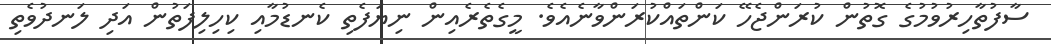
ސާފުތާހިރުވުމުގެ ގޮތުން ކުރަންޖެހޭ ކަންތައްކުރަންވާނެއެވެ. މީގެތެރެއިން ނިޔަފެތި ކެނޑުމާއި ކިހިލިފަތުން އަދި ލަނދުވެތި